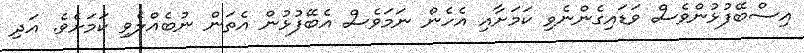
އިސްބޭފުޅުންވެސް ވަޑައިގެންނެވި ކަމަށާއި އެހެން ނަމަވެސް އެބޭފުޅުން އެތަން ނުބެއްލެވި ކަމަށެވެ. އަދި